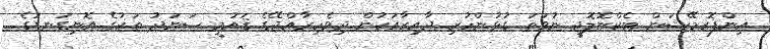
އިންފޮރމޭޝަން ޓެކްނޮލޮޖީ ނުވަތަ ގުޅުންހުރި ދާއިރާއަކުން ދިވެހިރާއްޖޭގެ ޤައުމީ ސަނަދު ތަކުގެ އޮނިގަނޑުގެ